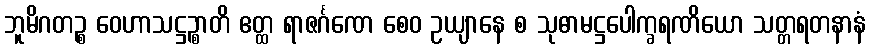
ဘူမိဂတဉ္စ ဝေဟာသဋ္ဌဉ္စာတိ ဧတ္ထ ရာဇင်္ဂဏေ စေဝ ဥယျာနေ စ သုဓာမဋ္ဌပေါက္ခရဏိယော သတ္တရတနာနံ